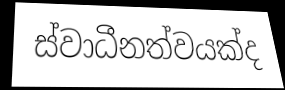
ස්වාධීනත්වයක්ද